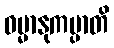
ဓမ္မာနုကမ္ပာတိ